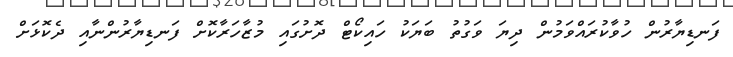
ފަނޑިޔާރުން ހުވާކުރައްވަމުން ދިޔަ ވަގުތު ބަޔަކު ހައިކޯޓް ދޮށުގައި މުޒާހަރާކޮށް ފަނޑިޔާރުންނާއި ދެކޮޅަށް